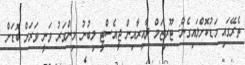
ތެރޭގައި މަޑުކޮށްލައިގެން: ޓޫރިޒަމް ދާއިރާއިން ޖީއެސްޓީ ލިބުނު މިންވަރު ވަނީ ވަރަށް ބޮޑަށް